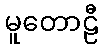
မူတောဠီ